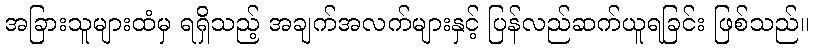
အခြားသူများထံမှ ရရှိသည့် အချက်အလက်များနှင့် ပြန်လည်ဆက်ယူရခြင်း ဖြစ်သည်။